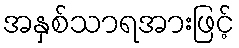
အနှစ်သာရအားဖြင့်